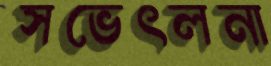
সভেৎলনা